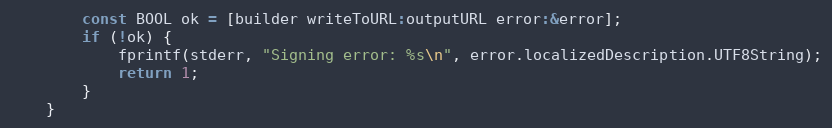
Language: C
        const BOOL ok = [builder writeToURL:outputURL error:&error];
        if (!ok) {
            fprintf(stderr, "Signing error: %s\n", error.localizedDescription.UTF8String);
            return 1;
        }
    }